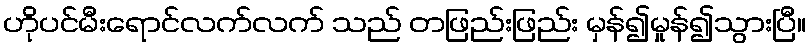
ဟိုပင်မီးရောင်လက်လက် သည် တဖြည်းဖြည်း မှန်၍မှုန်၍သွားပြီ။